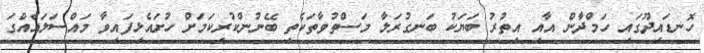
ހޮނޑައިދޫގައި ހަމްދާން އާއި އިތުރު ބަޔަކު ބަނގުރަލާ މަސްތުވާތަކެތި ބޭނުންކުރިކަމަށް ހުށައެޅިފައިވާ މައްސަލައެއްގަ